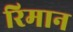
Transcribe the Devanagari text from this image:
रिमान